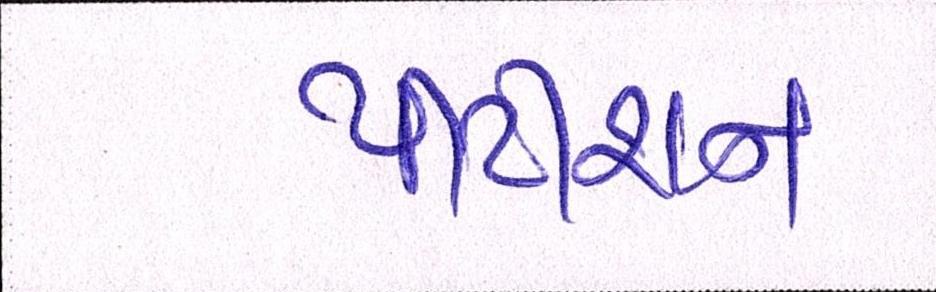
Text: પીટીશન